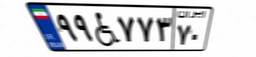
۹۹W۷۷۳۷۰